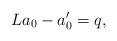
LaTeX: \begin{align*}La_{0}-a_{0}^{\prime}=q, \end{align*}